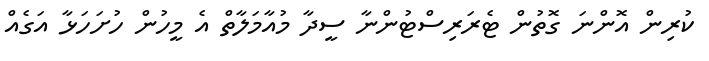
ކުރިން އޮންނަ ގޮތުން ޓެރަރިސްޓުންނާ ސީދާ މުއާމަލާތް އެ މީހުން ހުށަހަޅާ އަގެއް